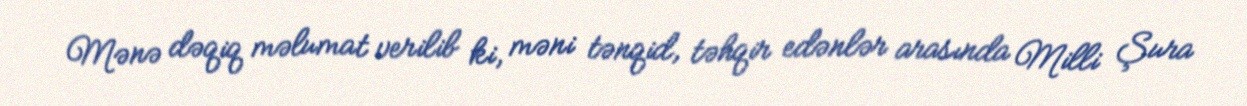
Mənə dəqiq məlumat verilib ki, məni tənqid, təhqir edənlər arasında Milli Şura